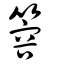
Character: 䈶